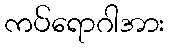
ကပ်ရောဂါအား